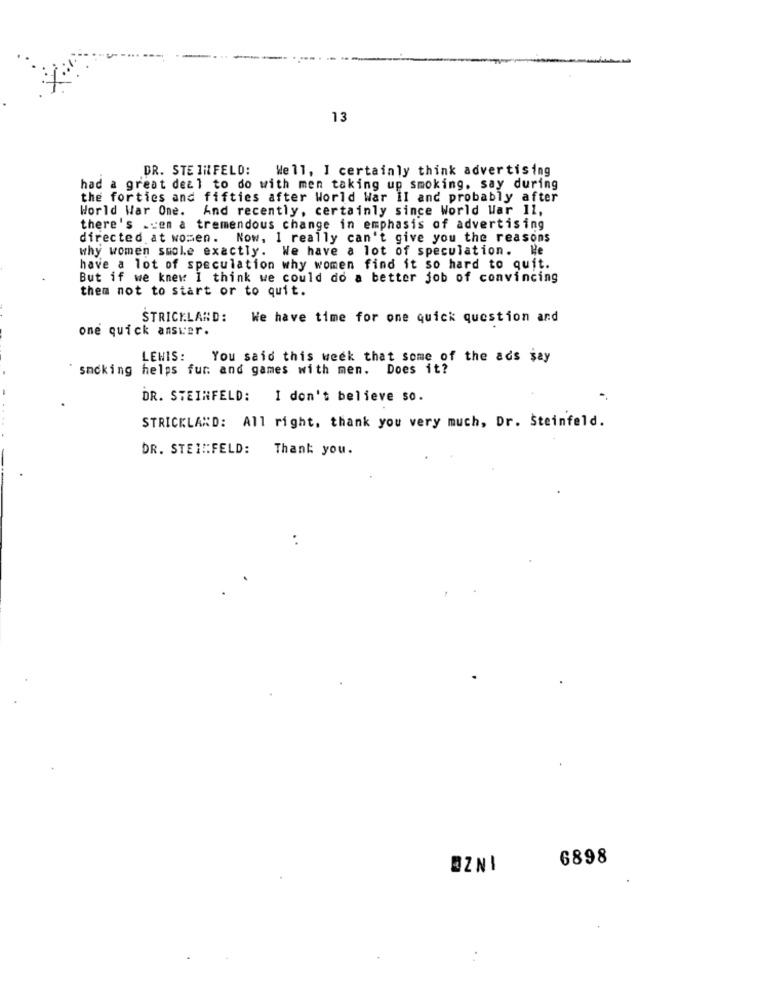
13
DR. STEINFELD: Well, I certainly think advertising
had a great deal to do with men taking up smoking. say during
the forties and fifties after World War il and probably after
World War One.
And recently, certainly since World War 11,
there's .cen a tremendous change in emphasis of advertising
directed at women. Now, 1 really can't give you the reasons
why women smole exactly. We have a lot of speculation. He
have a lot of speculation why women find it so hard to quit.
But if we knew I think we could do a better job of convincing
them not to start or to quit.
STRICKLAND:
We have time for one quick question and
one quick answer.
LEWIS:
You said this week that some of the ads say
smoking helps fun and games with men. Does it?
DR. STEINFELD: I don't believe so.
STRICKLAND: All right, thank you very much, Dr. Steinfeld.
DR. STEIN:FELD:
Thank you.
6898
@ZNI